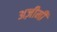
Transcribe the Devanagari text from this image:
अज़ीमी